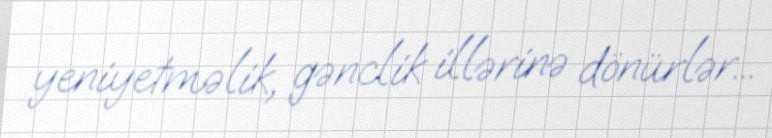
yeniyetməlik, gənclik illərinə dönürlər...